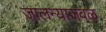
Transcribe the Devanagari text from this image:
जालन्याजवळ